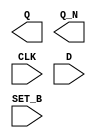
module sky130_fd_sc_hd__dfsbp (
    Q    ,
    Q_N  ,
    CLK  ,
    D    ,
    SET_B
);

    output Q    ;
    output Q_N  ;
    input  CLK  ;
    input  D    ;
    input  SET_B;

    // Voltage supply signals
    supply1 VPWR;
    supply0 VGND;
    supply1 VPB ;
    supply0 VNB ;

endmodule